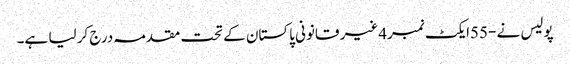
پولیس نے -55ایکٹ نمبر4غیر قانونی پاکستان کے تحت مقدمہ درج کر لیا ہے۔